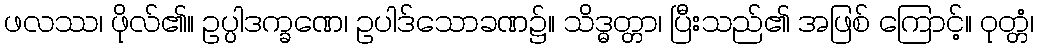
ဖလဿ၊ ဖိုလ်၏။ ဥပ္ပါဒက္ခဏေ၊ ဥပါဒ်သောခဏ၌။ သိဒ္ဓတ္တာ၊ ပြီးသည်၏ အဖြစ် ကြောင့်။ ဝုတ္တံ၊